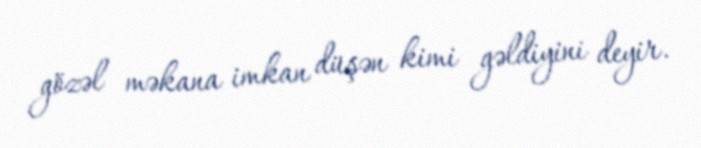
gözəl məkana imkan düşən kimi gəldiyini deyir.